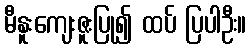
မီနူးကျေးဇူးပြု၍ ထပ် ပြပါဦး။